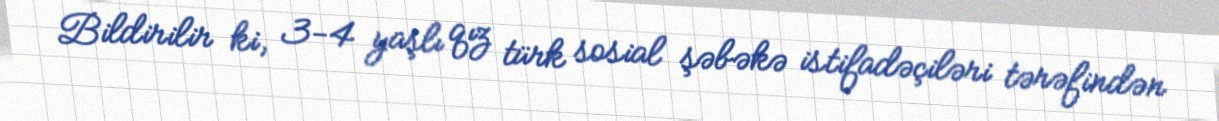
Bildirilir ki, 3-4 yaşlı qız türk sosial şəbəkə istifadəçiləri tərəfindən